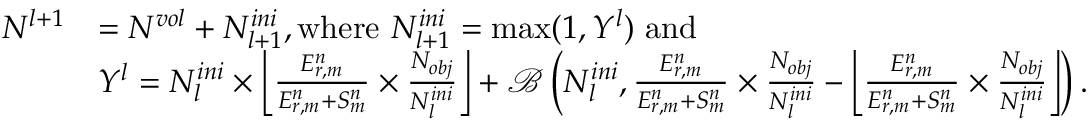
\begin{array} { r l } { N ^ { l + 1 } } & { = N ^ { v o l } + N _ { l + 1 } ^ { i n i } , \mathrm { w h e r e ~ } N _ { l + 1 } ^ { i n i } = \operatorname* { m a x } ( 1 , Y ^ { l } ) \mathrm { ~ a n d ~ } } \\ & { Y ^ { l } = N _ { l } ^ { i n i } \times \left\lfloor \frac { E _ { r , m } ^ { n } } { E _ { r , m } ^ { n } + S _ { m } ^ { n } } \times \frac { N _ { o b j } } { N _ { l } ^ { i n i } } \right\rfloor + \mathcal { B } \left( N _ { l } ^ { i n i } , \frac { E _ { r , m } ^ { n } } { E _ { r , m } ^ { n } + S _ { m } ^ { n } } \times \frac { N _ { o b j } } { N _ { l } ^ { i n i } } - \left\lfloor \frac { E _ { r , m } ^ { n } } { E _ { r , m } ^ { n } + S _ { m } ^ { n } } \times \frac { N _ { o b j } } { N _ { l } ^ { i n i } } \right\rfloor \right) . } \end{array}